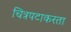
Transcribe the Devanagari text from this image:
चित्रपटाकरता